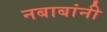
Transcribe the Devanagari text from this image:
नबाबांनी